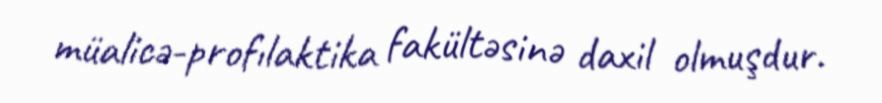
müalicə-profılaktika fakültəsinə daxil olmuşdur.